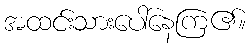
အထင်းသားပေါ်နေကြ၏။